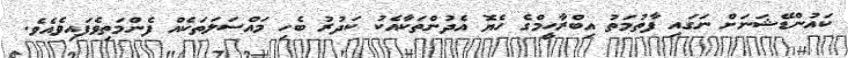
ކައުންޑޭޝަނަށް ނަގައި ފާތުމަތު އިބްރާހީމްގެ ހެޔޮ އެދުންތަކާއެކު ކަދުރު ބެހި މައްސަލަތަކެއް ފެންމަތިވެފައިވެއެވެ.